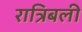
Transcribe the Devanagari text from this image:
रात्रिबली